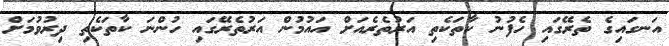
އަނގައިގެ ތެރޭގައި ހެފުނު ކާތަކެތި އަރުތެރެއަށް އައުމުން އަރުތެރޭގައި ހުންނަ ކާތަކެތި ދިރުވުމަށް